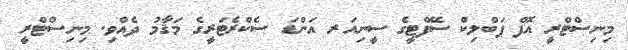
މިނިސްޓްރީ އޮފް ޕަބްލިކް ސޭފްޓީގެ ސީނިއަރ އަންޑަ ސެކްރެޓަރީގެ މަޤާމު ދެއްވި. މިނިސްޓްރީ